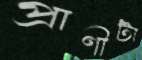
প্রাণীটা